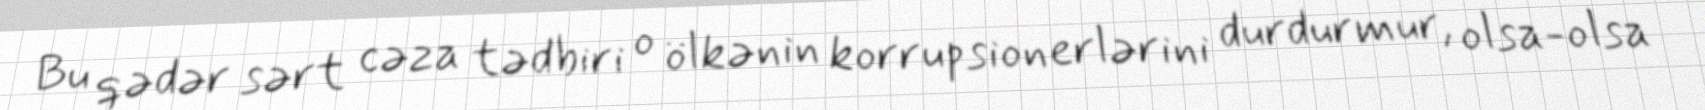
Bu qədər sərt cəza tədbiri o ölkənin korrupsionerlərini durdurmur, olsa-olsa